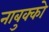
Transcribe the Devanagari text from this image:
नाबुक्को